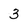
Character: 3